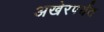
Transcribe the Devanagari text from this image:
अखेरपर्यत